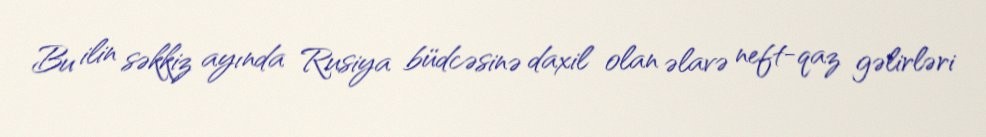
Bu ilin səkkiz ayında Rusiya büdcəsinə daxil olan əlavə neft-qaz gəlirləri